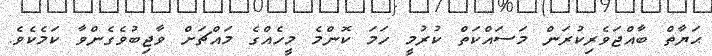
ޙަޔާތް ބާއްޖަވެރިކުރަން މަސައްކަތް ކުރުމީ ހަމަ ކޮންމެ މީހެއްގެ މައްޗަށް ވާޖިބުވެގެންވާ ކަމެކެވެ.